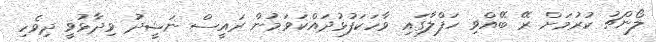
ލޯންޗު ކުރުމަށް ރޭ ބޭއްވި ހަފްލާގައި ވާހަކަފުޅުދައްކަވަމުން ރައީސް ނަޝީދު ވިދާޅުވީ ދިވެހި